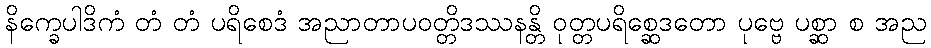
နိက္ခေပါဒိကံ တံ တံ ပရိစေဒံ အညာတာပဝတ္တိဒဿနန္တိ ဝုတ္တပရိစ္ဆေဒတော ပုဗ္ဗေ ပစ္ဆာ စ အည